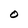
Character: O